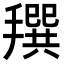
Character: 𢵬